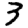
Digit: 3